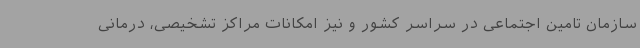
سازمان تامین اجتماعی در سراسر کشور و نیز امکانات مراکز تشخیصی، درمانی